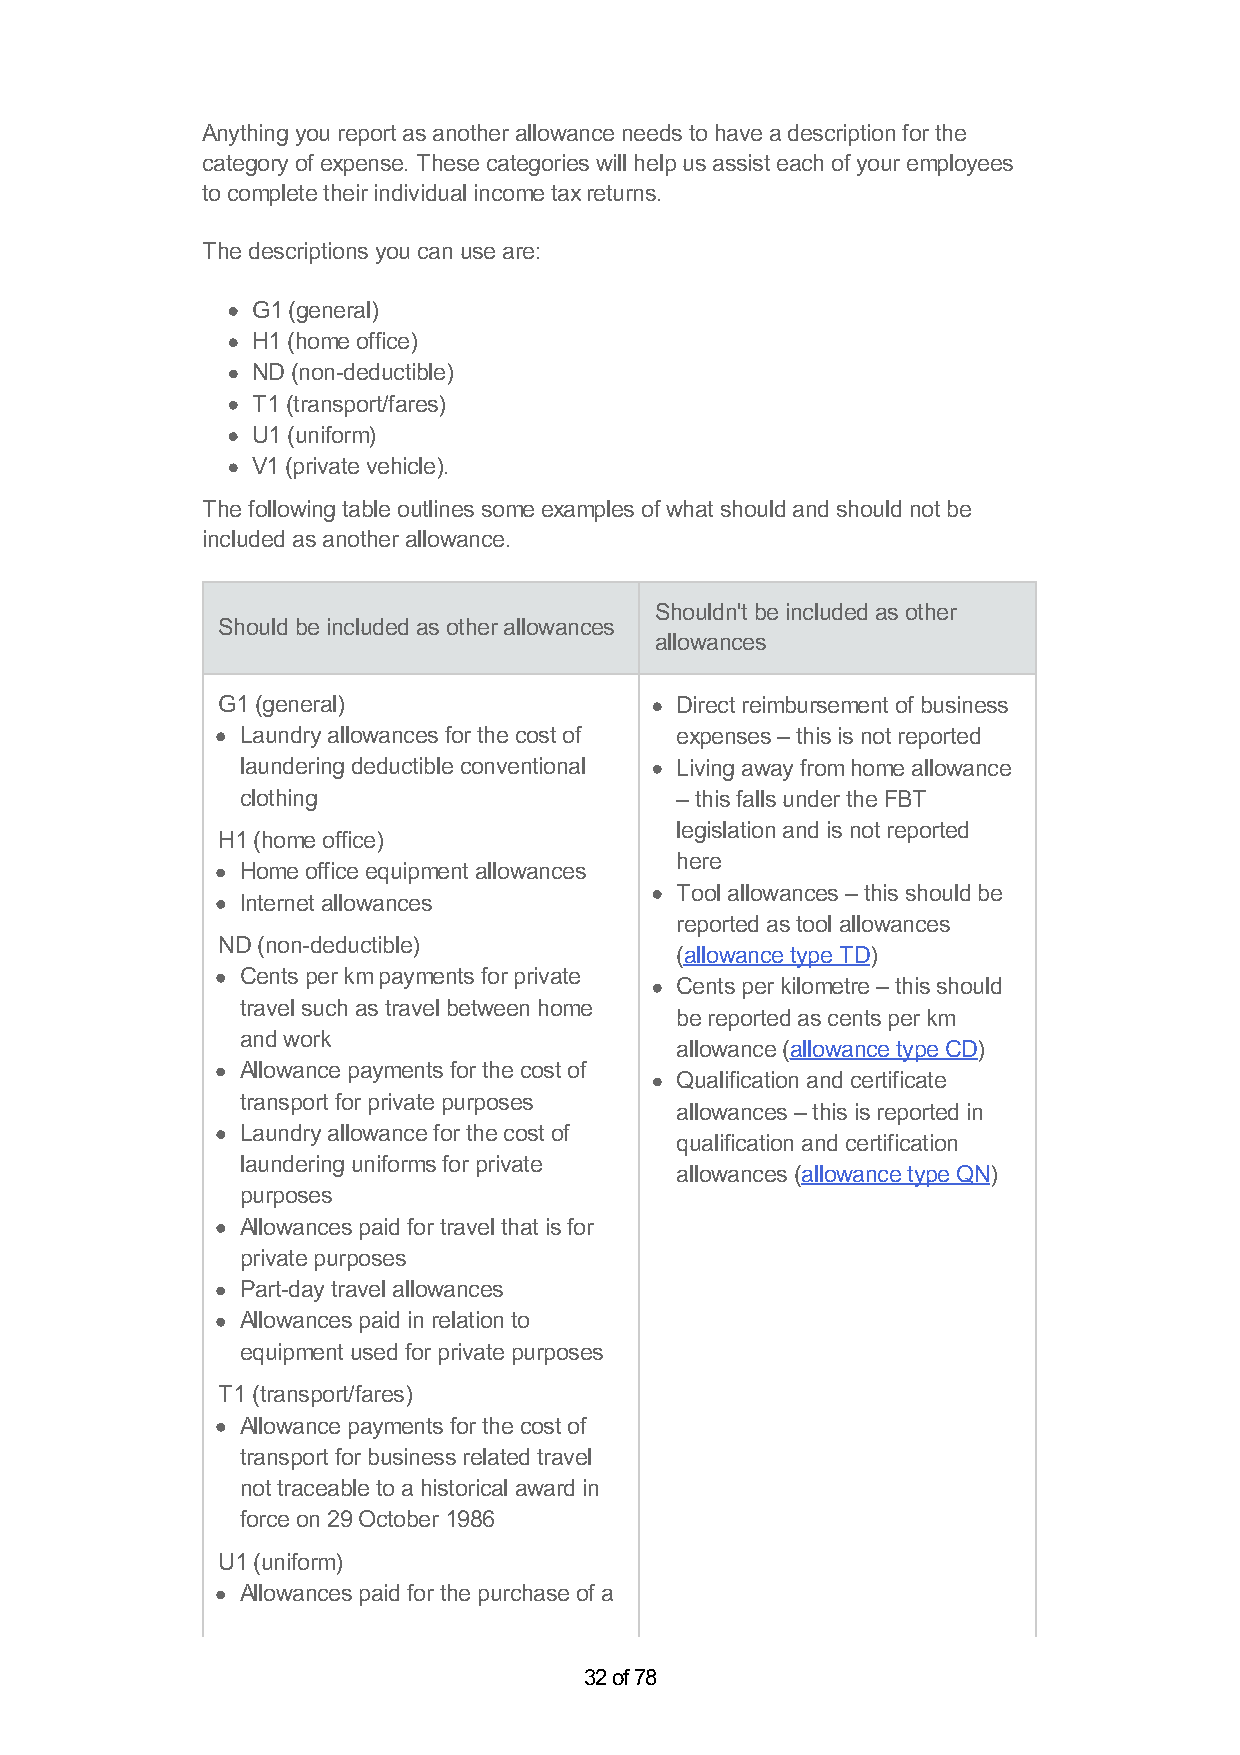
Anything you report as another allowance needs to have a description for the
 category of expense. These categories will help us assist each of your employees
 to complete their individual income tax returns.
 The descriptions you can use are:
 G1 (general)
 H1 (home office)
 ND (non-deductible)
 T1 (transport/fares)
 U1 (uniform)
 V1 (private vehicle).
 The following table outlines some examples of what should and should not be
 included as another allowance.
 Shouldn't be included as other
 Should be included as other allowances
 allowances
 G1 (general)                   Direct reimbursement of business
 Laundry allowances for the cost of expenses – this is not reported
 laundering deductible conventional Living away from home allowance
 clothing                     – this falls under the FBT
 legislation and is not reported
 H1 (home office)
 here
 Home office equipment allowances
 Tool allowances – this should be
 Internet allowances
 reported as tool allowances
 ND (non-deductible)
 (allowance type TD)
 Cents per km payments for private
 Cents per kilometre – this should
 travel such as travel between home
 be reported as cents per km
 and work
 allowance (allowance type CD)
 Allowance payments for the cost of
 Qualification and certificate
 transport for private purposes
 allowances – this is reported in
 Laundry allowance for the cost of
 qualification and certification
 laundering uniforms for private
 allowances (allowance type QN)
 purposes
 Allowances paid for travel that is for
 private purposes
 Part-day travel allowances
 Allowances paid in relation to
 equipment used for private purposes
 T1 (transport/fares)
 Allowance payments for the cost of
 transport for business related travel
 not traceable to a historical award in
 force on 29 October 1986
 U1 (uniform)
 Allowances paid for the purchase of a
 32 of 78